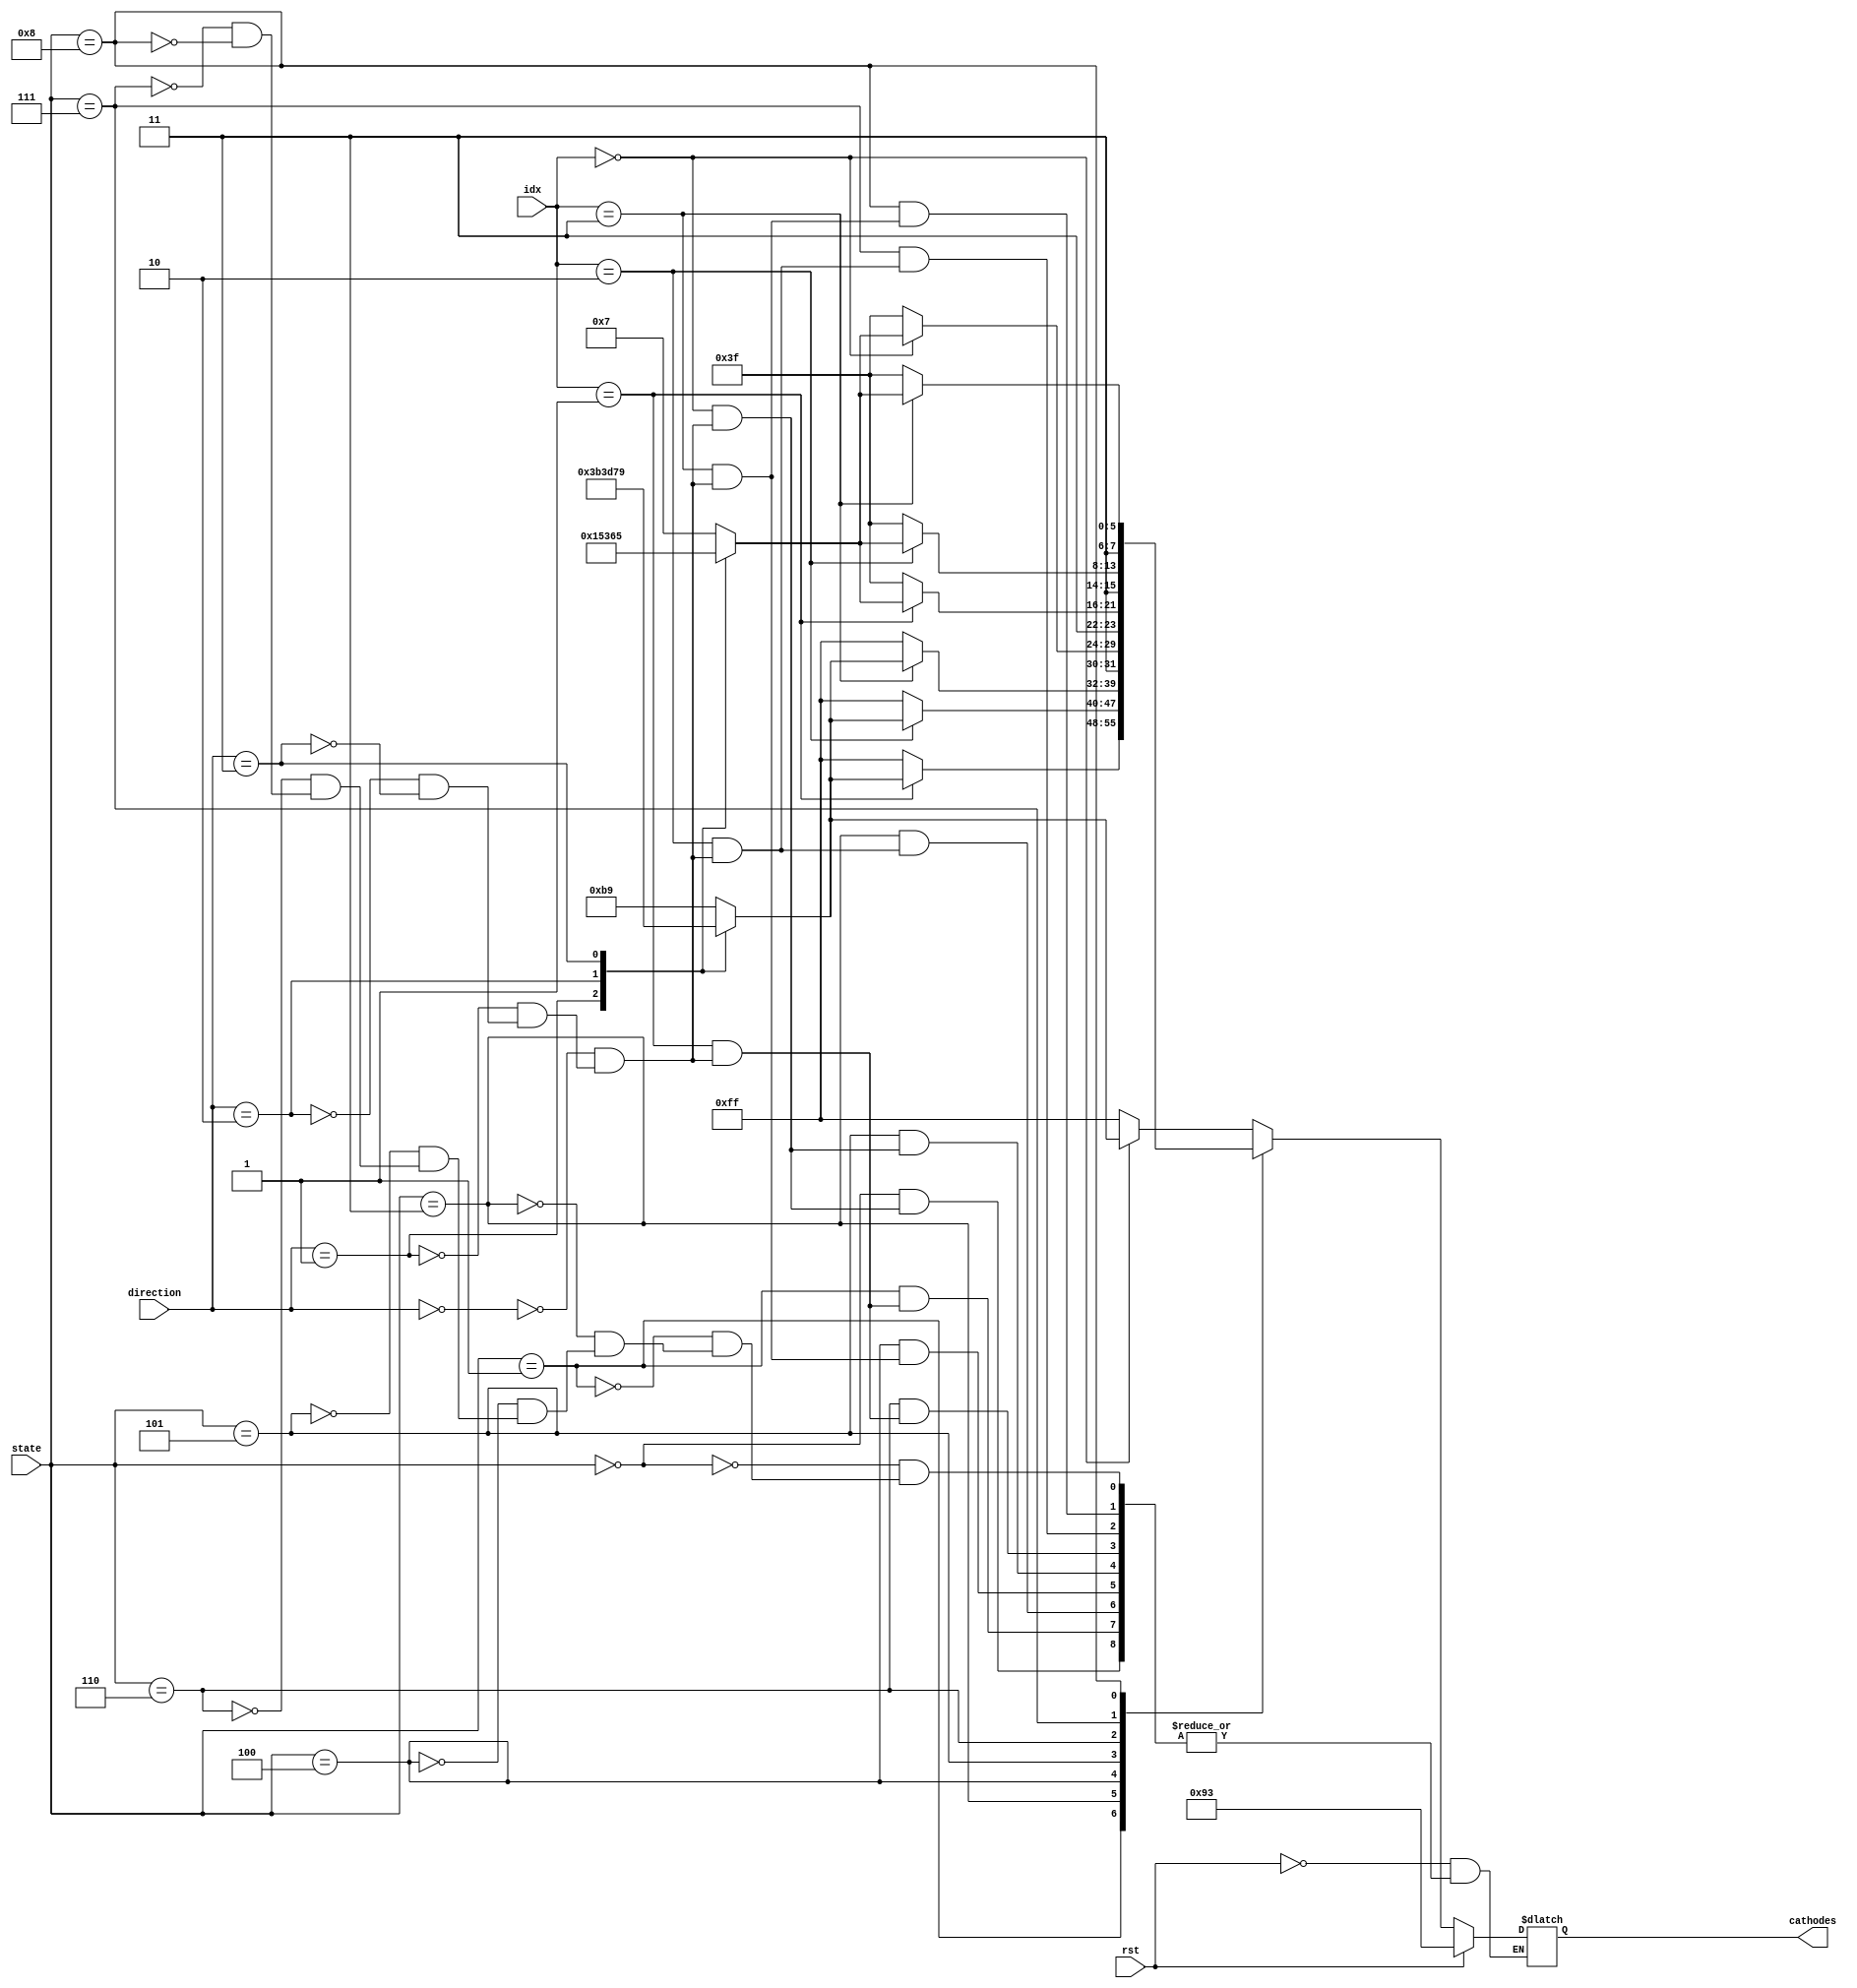
`timescale 1ns / 1ps
//////////////////////////////////////////////////////////////////////////////////
// Company: 
// Engineer: 
// 
// Design Name: 
// Module Name: segDisplay
// Project Name: 
// Target Devices: 
// Tool Versions: 
// Description: 
// 
// Dependencies: 
// 
// Revision:
// Revision 0.01 - File Created
// Additional Comments:
// 
//////////////////////////////////////////////////////////////////////////////////


module segDisplay(state, idx, direction, rst, cathodes);
    input [3:0] state;
    input [2:0] idx, direction;
    input rst;
    output reg [7:0] cathodes;
    parameter A = 0, B = 1, C = 3, D = 4, E = 5, F = 6, G = 7, H = 8;
    parameter up = 0, down = 1, left = 2, right = 3;
    always @(state, idx)
        if (rst)
            cathodes <= 8'b10010011;
        else begin
            case (state)
                A: if (idx == 0)
                    case (direction)
                        up: cathodes <= 8'b10111001;
                        down: cathodes <= 8'b00111011;
                        left: cathodes <= 8'b00111101;
                        right: cathodes <= 8'b01111001;
                    endcase
                    else cathodes <= 8'b11111111;
                B: if (idx == 1)
                    case (direction)
                        up: cathodes <= 8'b10111001;
                        down: cathodes <= 8'b00111011;
                        left: cathodes <= 8'b00111101;
                        right: cathodes <= 8'b01111001;
                    endcase
                    else cathodes <= 8'b11111111;
                C: if (idx == 2)
                        case (direction)
                            up: cathodes <= 8'b10111001;
                            down: cathodes <= 8'b00111011;
                            left: cathodes <= 8'b00111101;
                            right: cathodes <= 8'b01111001;
                        endcase
                        else cathodes <= 8'b11111111;
                D: if (idx == 3)
                        case (direction)
                            up: cathodes <= 8'b10111001;
                            down: cathodes <= 8'b00111011;
                            left: cathodes <= 8'b00111101;
                            right: cathodes <= 8'b01111001;
                        endcase
                        else cathodes <= 8'b11111111;
                E: if (idx == 0)
                        case (direction)
                            up: cathodes <= 8'b11000111;
                            down: cathodes <= 8'b11010101;
                            left: cathodes <= 8'b11001101;
                            right: cathodes <= 8'b11100101;
                        endcase
                        else cathodes <= 8'b11111111;
                F: if (idx == 1)
                        case (direction)
                            up: cathodes <= 8'b11000111;
                            down: cathodes <= 8'b11010101;
                            left: cathodes <= 8'b11001101;
                            right: cathodes <= 8'b11100101;
                        endcase
                        else cathodes <= 8'b11111111;
                G: if (idx == 2)
                        case (direction)
                            up: cathodes <= 8'b11000111;
                            down: cathodes <= 8'b11010101;
                            left: cathodes <= 8'b11001101;
                            right: cathodes <= 8'b11100101;
                        endcase
                        else cathodes <= 8'b11111111;
                H: if (idx == 3)
                        case (direction)
                            up: cathodes <= 8'b11000111;
                            down: cathodes <= 8'b11010101;
                            left: cathodes <= 8'b11001101;
                            right: cathodes <= 8'b11100101;
                        endcase
                        else cathodes <= 8'b11111111;
            endcase
        end
endmodule